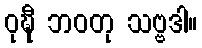
ဝုဍ္ဎီ ဘဝတု သဗ္ဗဒါ။